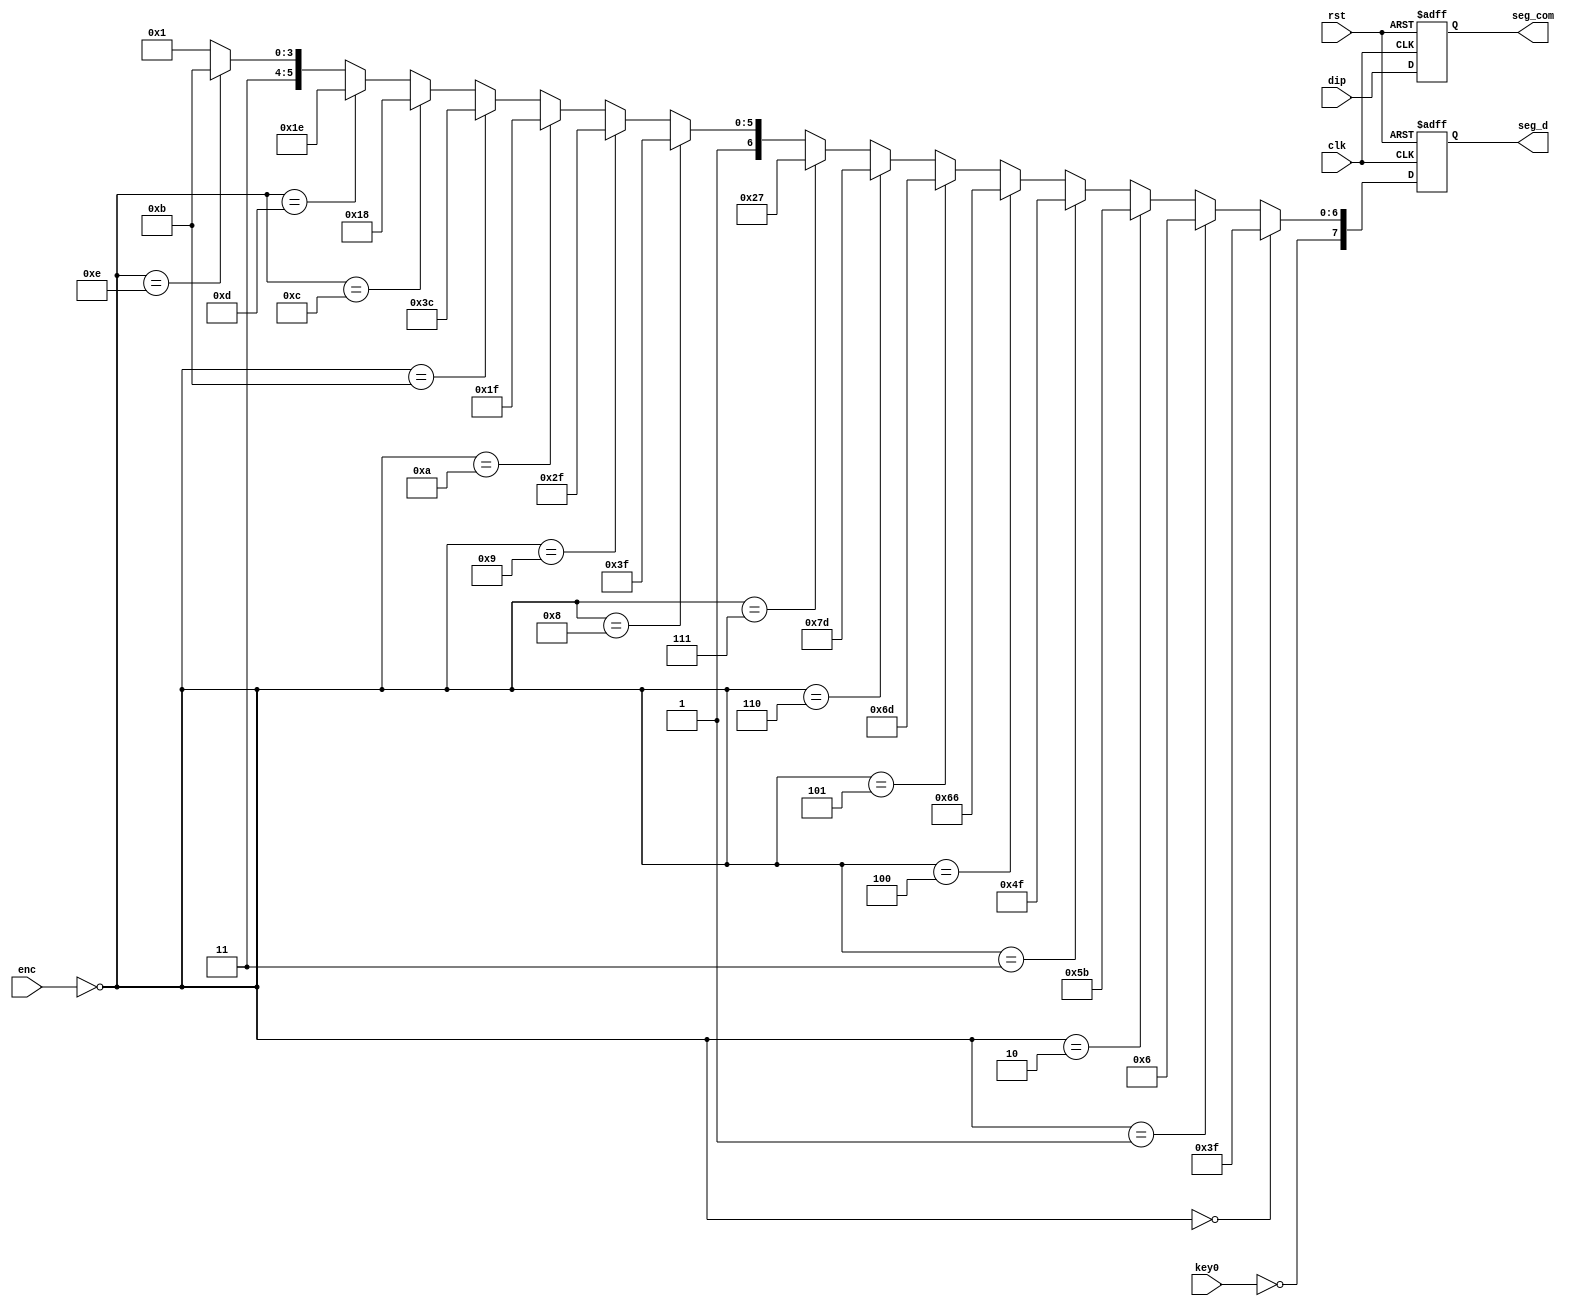
`timescale 1ns / 1ps
//////////////////////////////////////////////////////////////////////////////////
// Company: 
// Engineer: 
// 
// Design Name: 
// Module Name: seg_test
// Project Name: 
// Target Devices: 
// Tool Versions: 
// Description: 
// 
// Dependencies: 
// 
// Revision:
// Revision 0.01 - File Created
// Additional Comments:
// 
//////////////////////////////////////////////////////////////////////////////////


module seg_test(
input clk, rst,
input key0,
input [3:0] enc,
input [7:0] dip,
output reg[7:0] seg_d,seg_com

    );
    
wire kdot;
wire [3:0] din;
wire [6:0] segd;

//assign input to internal module seg_test
assign kdot = ~key0;
assign din  = ~enc;

//hex to segment module seg_test
assign segd = (din == 4'h0) ? (7'h3f):
              (din == 4'h1) ? (7'h06):
              (din == 4'h2) ? (7'h5b):              
              (din == 4'h3) ? (7'h4f):
              (din == 4'h4) ? (7'h66):                            
              (din == 4'h5) ? (7'h6d):              
              (din == 4'h6) ? (7'h7d):              
              (din == 4'h7) ? (7'h27):              
              (din == 4'h8) ? (7'h7f):              
              (din == 4'h9) ? (7'h6f):              
              (din == 4'ha) ? (7'h5f):              
              (din == 4'hb) ? (7'h7c):              
              (din == 4'hc) ? (7'h58):              
              (din == 4'hd) ? (7'h5e):    
              (din == 4'he) ? (7'h7b):    
                              (7'h71);
                              
// output selection
always@(negedge rst, posedge clk)
if(rst == 0)
    begin
        seg_d <= 8'h00;
        seg_com <= 8'h00;
    end
else
    begin
        seg_d <= {kdot, segd};
        seg_com <= dip;
    end

    
endmodule